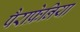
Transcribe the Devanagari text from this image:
पैराफ्रेनिया